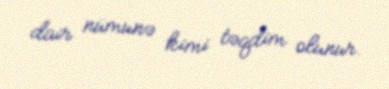
dair nümunə kimi təqdim olunur.